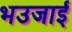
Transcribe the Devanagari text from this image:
भउजाई